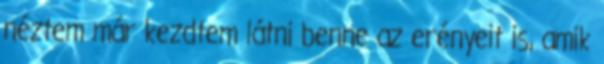
néztem már kezdtem látni benne az erényeit is, amik